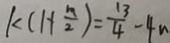
1 < ( 1 + \frac { m } { 2 } ) = \frac { 1 3 } { 4 } - 4 n